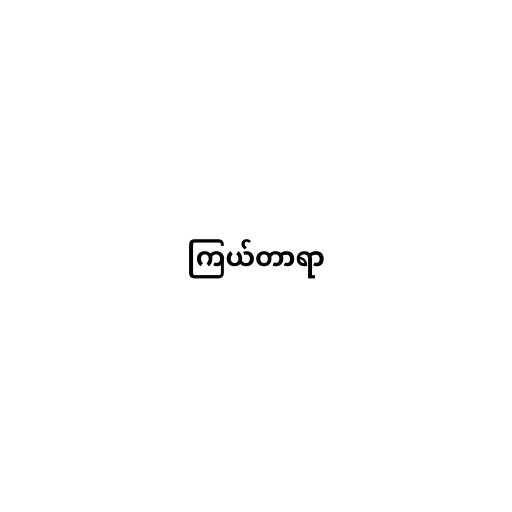
ကြယ်တာရာ